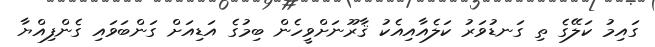
ގައިމު ކަލޭގެ ތި ގަނޑުވަރު ކަލެއާއިއެކު ޤާރޫނަށްވީހެން ބިމުގެ އަޑިއަށް ގަންބަވައި ގެންފިއްޔާ